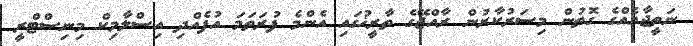
ނަތީޖާއެއްގެ ގޮތުން މިސަރުކާރުން ރާއްޖޭގެ ތާރީޚުގައި އެންމެ ފުރަތަމަ އުފެއްދި އިސްލާމިކް މިނިސްޓްރީ